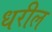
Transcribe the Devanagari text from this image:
धरील